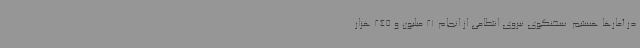
در آمارها هستیم. سخنگوی نیروی انتظامی از انجام 21 میلیون و 245 هزار